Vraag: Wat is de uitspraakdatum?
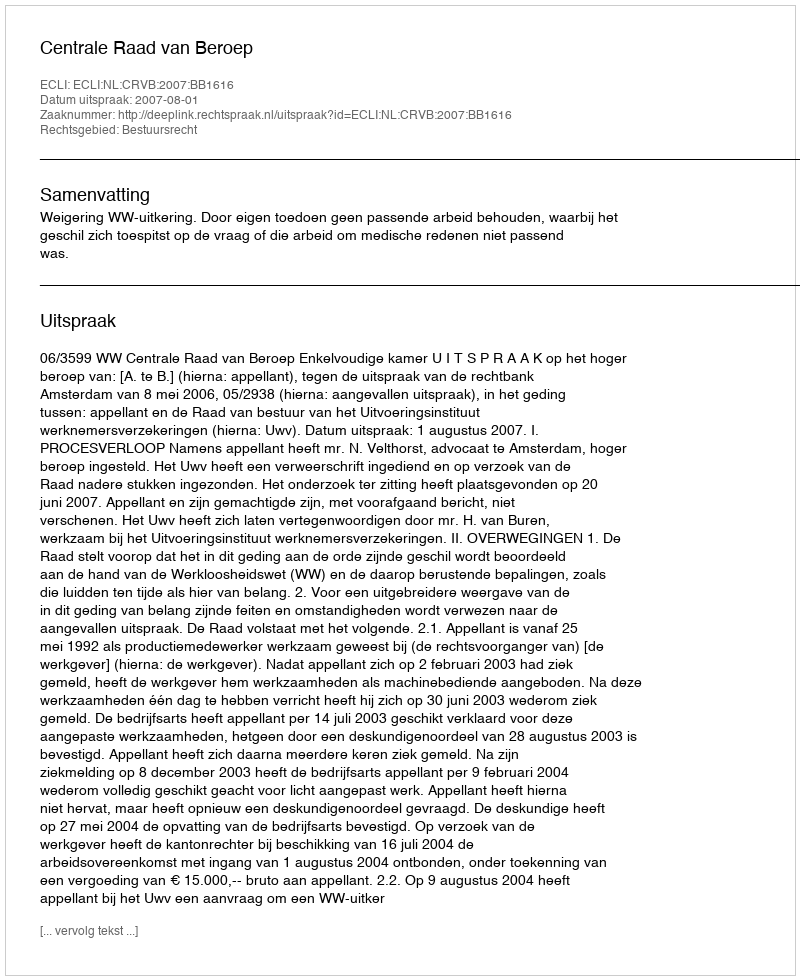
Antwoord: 2007-08-01